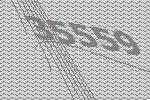
35559